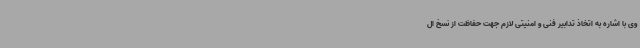
وی با اشاره به اتخاذ تدابیر فنی و امنیتی لازم جهت حفاظت از نسخ ال